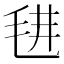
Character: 𣭌